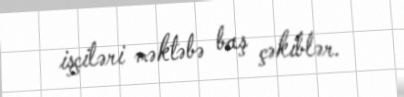
işçiləri məktəbə baş çəkiblər.